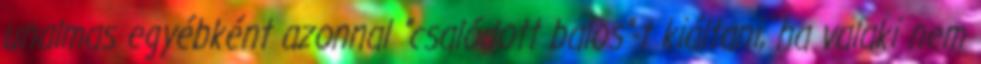
unalmas egyébként azonnal "csalódott balos"-t kiáltani, ha valaki nem